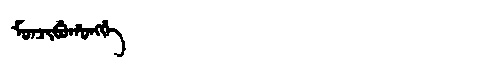
Manchu: ᠮᠣᠨᠵᡳᠪᡠᡥᠣᠩᡤᡝ
Romanization: MONJIBUHONGGE